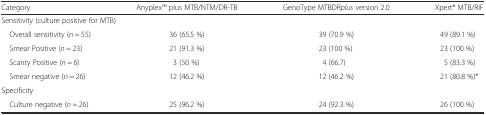
| Category | AnyplexTM plus MTB/NTM/DR-TB | GenoType MTBDRplus version 2.0 | Xpert® MTB/RIF |
 | --- | --- | --- | --- |
 | <COLSPAN=4> Sensitivity (culture positive for MTB) |
 | Overall sensitivity (n = 55) | 36 (65.5 %) | 39 (70.9 %) | 49 (89.1 %) |
 | Smear Positive (n = 23) | 21 (91.3 %) | 23 (100 %) | 23 (100 %) |
 | Scanty Positive (n = 6) | 3 (50 %) | 4 (66.7) | 5 (83.3 %) |
 | Smear negative (n = 26) | 12 (46.2 %) | 12 (46.2 %) | 21 (80.8 %)* |
 | <COLSPAN=4> Specificity |
 | Culture negative (n = 26) | 25 (96.2 %) | 24 (92.3 %) | 26 (100 %) |